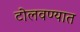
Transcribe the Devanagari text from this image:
टोलवण्यात